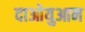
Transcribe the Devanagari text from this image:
दाओयुआन